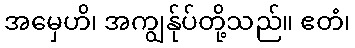
အမှေဟိ၊ အကျွန်ုပ်တို့သည်။ ဧတံ၊